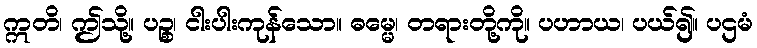
ဣတိ၊ ဤသို့။ ပဉ္စ၊ ငါးပါးကုန်သော။ ဓမ္မေ၊ တရားတို့ကို။ ပဟာယ၊ ပယ်၍။ ပဌမံ